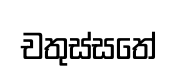
චතුස්සතේ